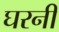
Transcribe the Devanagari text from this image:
घरनी